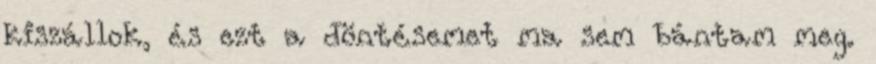
kiszállok, és ezt a döntésemet ma sem bántam meg.